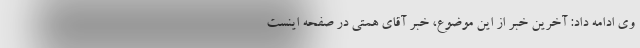
وی ادامه داد: آخرین خبر از این موضوع، خبر آقای همتی در صفحه اینست